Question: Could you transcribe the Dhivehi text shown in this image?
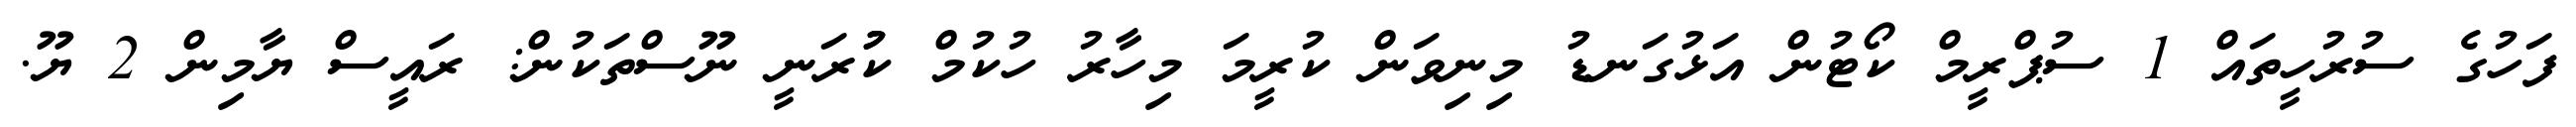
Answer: ފަހުގެ ސުރުހީތައް 1 ސުޕްރީމް ކޯޓުން އަޅުގަނޑު މިނިވަން ކުރީމަ މިހާރު ހުކުމް ކުުރަނީ ނޫސްތަކުން: ރައީސް ޔާމިން 2 ޔޫ.